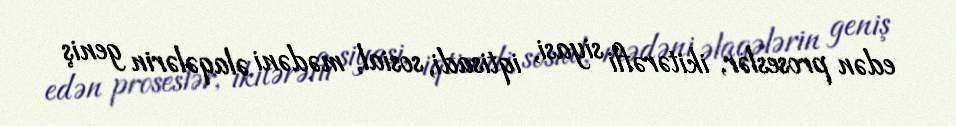
edən proseslər, ikitərəfli siyasi, iqtisadi, sosial, mədəni əlaqələrin geniş